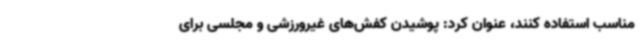
مناسب استفاده کنند، عنوان کرد: پوشیدن کفش‌های غیرورزشی و مجلسی برای